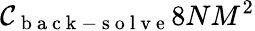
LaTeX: \mathcal{C}_{\mathrm{{~b~a~c~k~-~s~o~l~v~e~}}}8NM^{2}